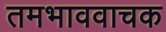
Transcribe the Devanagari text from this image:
तमभाववाचक